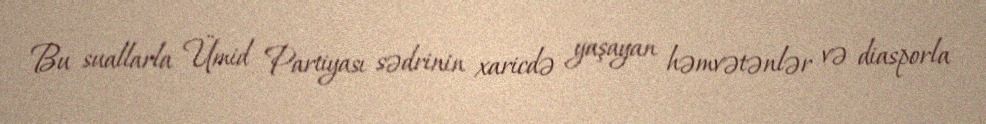
Bu suallarla Ümid Partiyası sədrinin xaricdə yaşayan həmvətənlər və diasporla